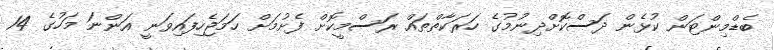
ބެޑްމިންޓަން ކުޅެން ދަސްކޮށްދިނުމުގެ ހަރަކާތްތައް ރަސްމީކޮށް ފެށުމަށް ހަމަޖެހިފައިވަނީ އަންނަ މަހުގެ 14